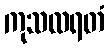
ကုသလရတံ